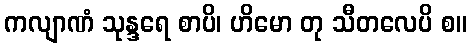
ကလျာဏံ သုန္ဒရေ စာပိ၊ ဟိမော တု သီတလေပိ စ။